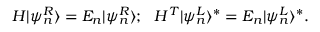
\begin{array} { r } { H | \psi _ { n } ^ { R } \rangle = E _ { n } | \psi _ { n } ^ { R } \rangle ; \, \, \, \, H ^ { T } | \psi _ { n } ^ { L } \rangle ^ { \ast } = E _ { n } | \psi _ { n } ^ { L } \rangle ^ { \ast } . } \end{array}